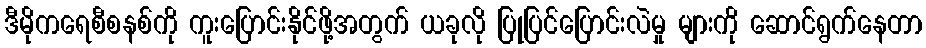
ဒီမိုကရေစီစနစ်ကို ကူးပြောင်းနိုင်ဖို့အတွက် ယခုလို ပြုပြင်ပြောင်းလဲမှု များကို ဆောင်ရွက်နေတာ